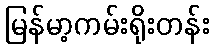
မြန်မာ့ကမ်းရိုးတန်း